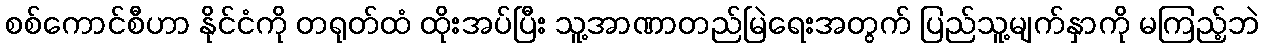
စစ်ကောင်စီဟာ နိုင်ငံကို တရုတ်ထံ ထိုးအပ်ပြီး သူ့အာဏာတည်မြဲရေးအတွက် ပြည်သူ့မျက်နှာကို မကြည့်ဘဲ